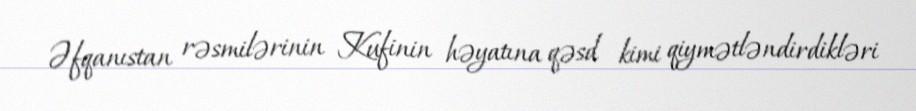
Əfqanıstan rəsmilərinin Kufinin həyatına qəsd kimi qiymətləndirdikləri